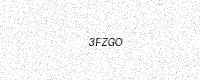
Text: 3FZGO